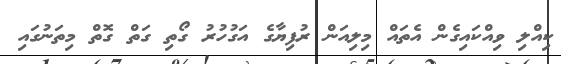
ކިއްލި ވިއްކައިގެން އެތައް މިލިއަން ރުފިޔާގެ އަގުހުރު ގޯތި ގަތް ގޮތް މިތަނުގައި